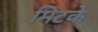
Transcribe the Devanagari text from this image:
मिटके